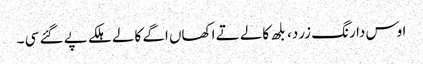
اوس دا رنگ زرد، بلھ کالے تے اکھاں اگے کالے ہلکے پے گئے سی ۔